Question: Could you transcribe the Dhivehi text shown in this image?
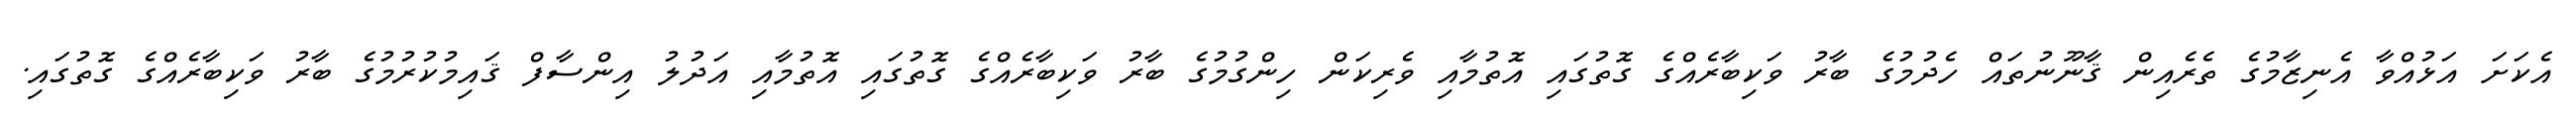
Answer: އެކަށަ އަޅުއްވާ އެނިޒާމުގެ ތެރެއިން ޤާނޫނުތައް ހެދުމުގެ ބާރު ވަކިބާރެއްގެ ގޮތުގައި އޮތުމާއި ވެރިކަން ހިންގުމުގެ ބާރު ވަކިބާރެއްގެ ގޮތުގައި އޮތުމާއި އަދުލު އިންސާފް ޤައިމުކުރުމުގެ ބާރު ވަކިބާރެއްގެ ގޮތުގައި.